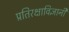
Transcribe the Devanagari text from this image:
प्रतिरक्षाविज्ञानी